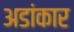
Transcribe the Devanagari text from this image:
अडांकार